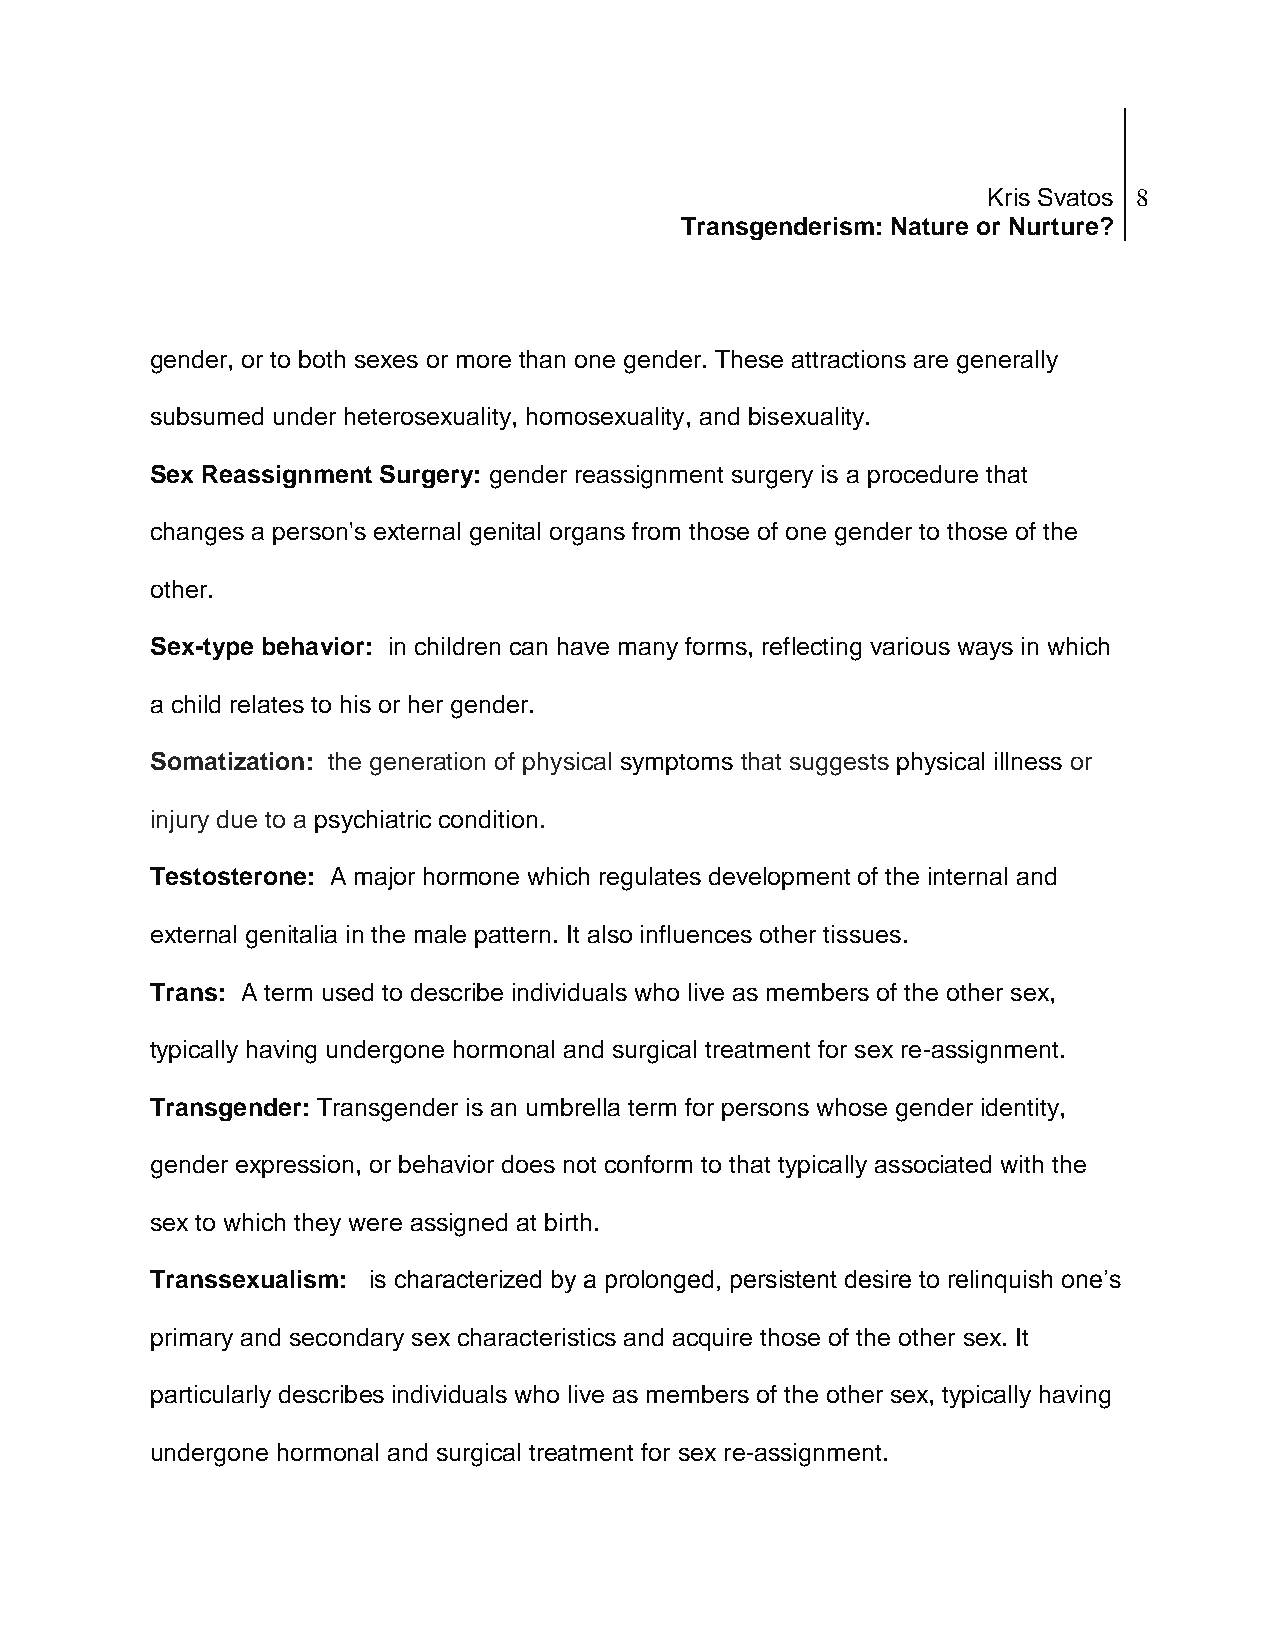
Kris Svatos 8
 Transgenderism: Nature or Nurture?
 gender, or to both sexes or more than one gender. These attractions are generally
 subsumed under heterosexuality, homosexuality, and bisexuality.
 Sex Reassignment Surgery: gender reassignment surgery is a procedure that
 changes a person's external genital organs from those of one gender to those of the
 other.
 Sex-type behavior: in children can have many forms, reflecting various ways in which
 a child relates to his or her gender.
 Somatization: the generation of physical symptoms that suggests physical illness or
 injury due to a psychiatric condition.
 Testosterone: A major hormone which regulates development of the internal and
 external genitalia in the male pattern. It also influences other tissues.
 Trans: A term used to describe individuals who live as members of the other sex,
 typically having undergone hormonal and surgical treatment for sex re-assignment.
 Transgender: Transgender is an umbrella term for persons whose gender identity,
 gender expression, or behavior does not conform to that typically associated with the
 sex to which they were assigned at birth.
 Transsexualism: is characterized by a prolonged, persistent desire to relinquish one’s
 primary and secondary sex characteristics and acquire those of the other sex. It
 particularly describes individuals who live as members of the other sex, typically having
 undergone hormonal and surgical treatment for sex re-assignment.